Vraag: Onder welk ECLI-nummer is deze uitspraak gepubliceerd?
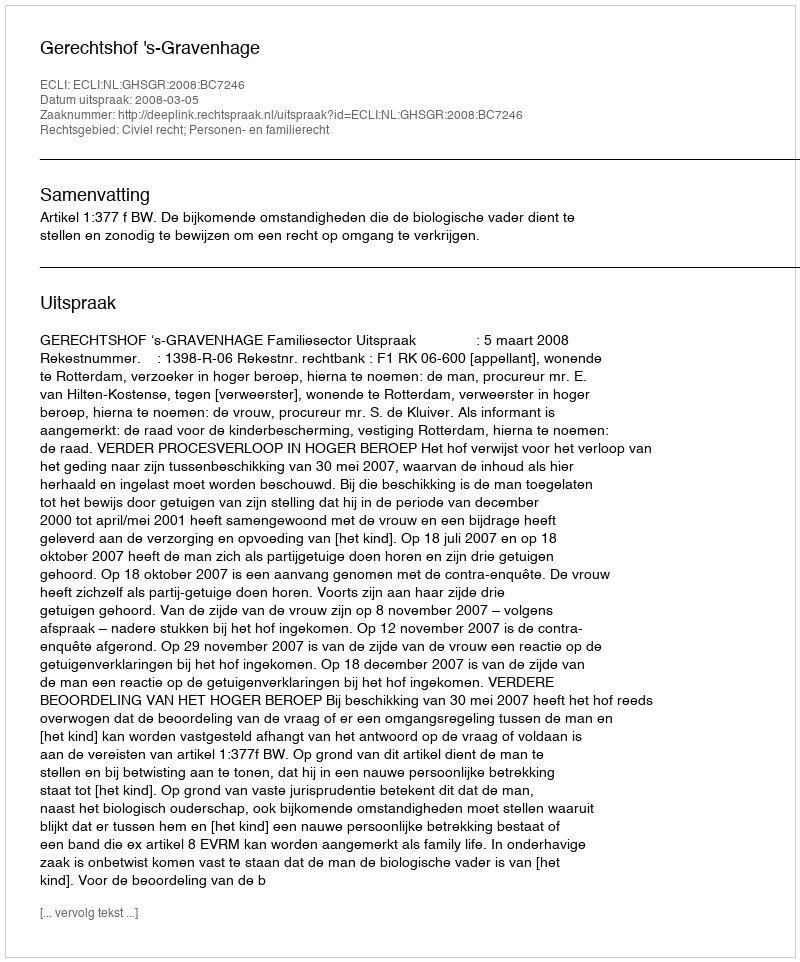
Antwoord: ECLI:NL:GHSGR:2008:BC7246